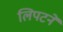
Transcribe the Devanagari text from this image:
लिपटने